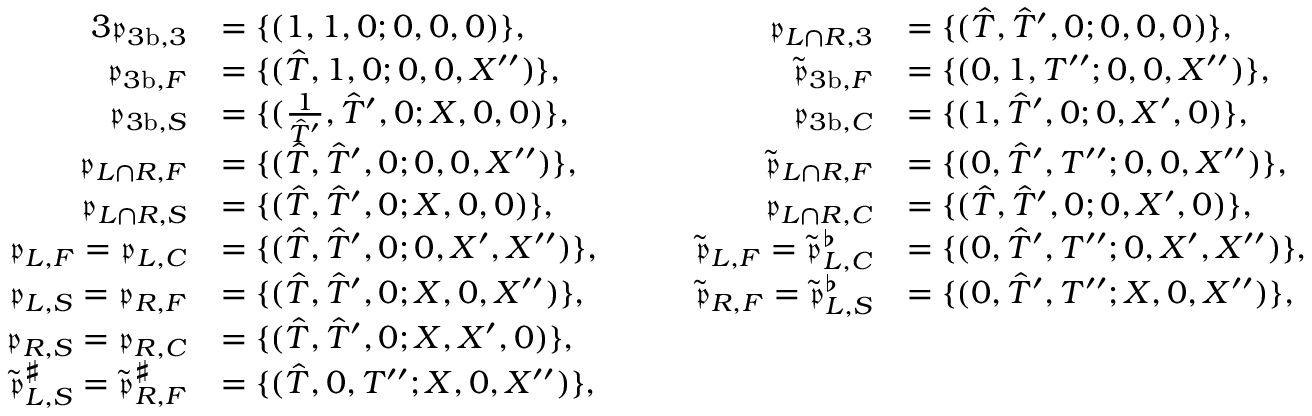
\begin{array} { r l r l } { { 3 } \mathfrak { p } _ { { 3 \mathrm { b } } , 3 } } & { = \{ ( 1 , 1 , 0 ; 0 , 0 , 0 ) \} , } & { \qquad \mathfrak { p } _ { L \cap R , 3 } } & { = \{ ( \hat { T } , \hat { T } ^ { \prime } , 0 ; 0 , 0 , 0 ) \} , } \\ { \mathfrak { p } _ { { 3 \mathrm { b } } , F } } & { = \{ ( \hat { T } , 1 , 0 ; 0 , 0 , X ^ { \prime \prime } ) \} , } & { \qquad \tilde { \mathfrak { p } } _ { { 3 \mathrm { b } } , F } } & { = \{ ( 0 , 1 , T ^ { \prime \prime } ; 0 , 0 , X ^ { \prime \prime } ) \} , } \\ { \mathfrak { p } _ { { 3 \mathrm { b } } , S } } & { = \{ ( \frac { 1 } { \hat { T } ^ { \prime } } , \hat { T } ^ { \prime } , 0 ; X , 0 , 0 ) \} , } & { \qquad \mathfrak { p } _ { { 3 \mathrm { b } } , C } } & { = \{ ( 1 , \hat { T } ^ { \prime } , 0 ; 0 , X ^ { \prime } , 0 ) \} , } \\ { \mathfrak { p } _ { L \cap R , F } } & { = \{ ( \hat { T } , \hat { T } ^ { \prime } , 0 ; 0 , 0 , X ^ { \prime \prime } ) \} , } & { \qquad \tilde { \mathfrak { p } } _ { L \cap R , F } } & { = \{ ( 0 , \hat { T } ^ { \prime } , T ^ { \prime \prime } ; 0 , 0 , X ^ { \prime \prime } ) \} , } \\ { \mathfrak { p } _ { L \cap R , S } } & { = \{ ( \hat { T } , \hat { T } ^ { \prime } , 0 ; X , 0 , 0 ) \} , } & { \qquad \mathfrak { p } _ { L \cap R , C } } & { = \{ ( \hat { T } , \hat { T } ^ { \prime } , 0 ; 0 , X ^ { \prime } , 0 ) \} , } \\ { \mathfrak { p } _ { L , F } = \mathfrak { p } _ { L , C } } & { = \{ ( \hat { T } , \hat { T } ^ { \prime } , 0 ; 0 , X ^ { \prime } , X ^ { \prime \prime } ) \} , } & { \qquad \tilde { \mathfrak { p } } _ { L , F } = \tilde { \mathfrak { p } } _ { L , C } ^ { \flat } } & { = \{ ( 0 , \hat { T } ^ { \prime } , T ^ { \prime \prime } ; 0 , X ^ { \prime } , X ^ { \prime \prime } ) \} , } \\ { \mathfrak { p } _ { L , S } = \mathfrak { p } _ { R , F } } & { = \{ ( \hat { T } , \hat { T } ^ { \prime } , 0 ; X , 0 , X ^ { \prime \prime } ) \} , } & { \qquad \tilde { \mathfrak { p } } _ { R , F } = \tilde { \mathfrak { p } } _ { L , S } ^ { \flat } } & { = \{ ( 0 , \hat { T } ^ { \prime } , T ^ { \prime \prime } ; X , 0 , X ^ { \prime \prime } ) \} , } \\ { \mathfrak { p } _ { R , S } = \mathfrak { p } _ { R , C } } & { = \{ ( \hat { T } , \hat { T } ^ { \prime } , 0 ; X , X ^ { \prime } , 0 ) \} , } \\ { \tilde { \mathfrak { p } } _ { L , S } ^ { \sharp } = \tilde { \mathfrak { p } } _ { R , F } ^ { \sharp } } & { = \{ ( \hat { T } , 0 , T ^ { \prime \prime } ; X , 0 , X ^ { \prime \prime } ) \} , } \end{array}